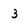
Character: 3